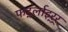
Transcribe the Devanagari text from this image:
फर्ट्लाइर्‍र्